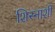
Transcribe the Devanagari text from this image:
शिस्नाशी